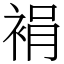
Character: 裐